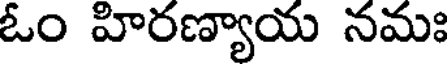
ఓం హిరణ్యాయ నమః